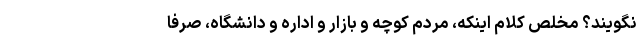
نگویند؟ مخلص کلام اینکه، مردم کوچه و بازار و اداره و دانشگاه، صرفا